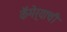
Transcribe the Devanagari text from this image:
कॅमेर्‍याची